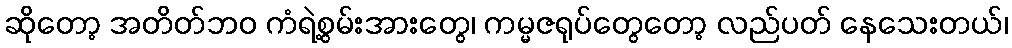
ဆိုတော့ အတိတ်ဘဝ ကံရဲ့စွမ်းအားတွေ၊ ကမ္မဇရုပ်တွေတော့ လည်ပတ် နေသေးတယ်၊